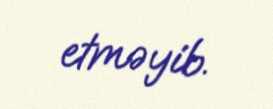
etməyib.